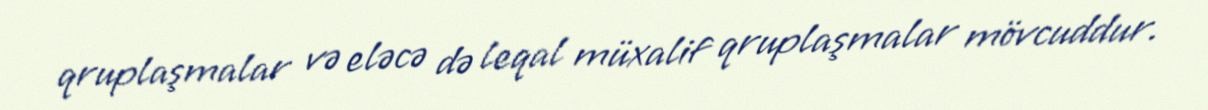
qruplaşmalar və eləcə də leqal müxalif qruplaşmalar mövcuddur.